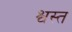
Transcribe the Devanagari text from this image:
श्वस्त